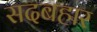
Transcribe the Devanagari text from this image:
सदबहार